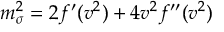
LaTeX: m _ { \sigma } ^ { 2 } = 2 f ^ { \prime } ( v ^ { 2 } ) + 4 v ^ { 2 } f ^ { \prime \prime } ( v ^ { 2 } )